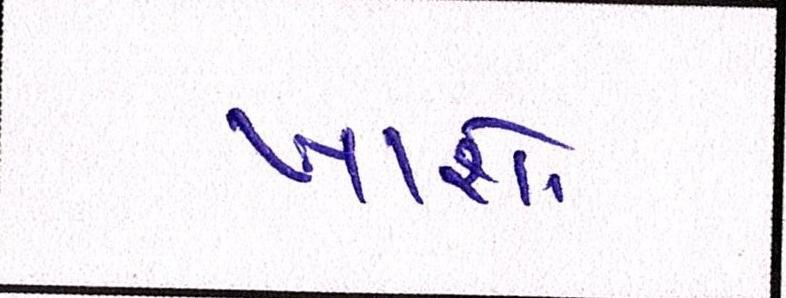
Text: ખાશો